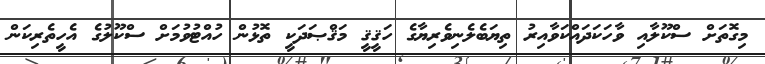
މިގޮތަށް ސްކޫލާއި ވާހަކަދައްކަވާއިރު ތިޔަބެލެނިވެރިޔާގެ ހަޤީޤީ މަޤްޞަދަކީ ތޮޅުން ހުއްޓުވުމަށް ސްކޫލުގެ އެހީތެރިކަން